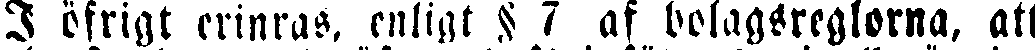
I öfrigt erinras, enligt § 7 af bolagsreglorna, att